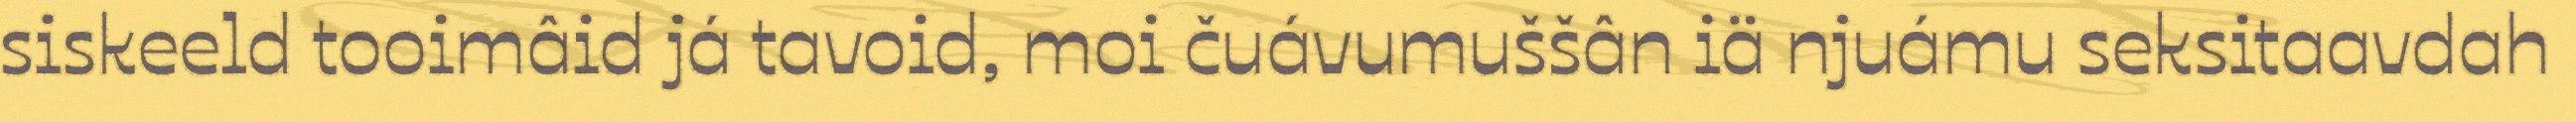
siskeeld tooimâid já tavoid, moi čuávumuššân iä njuámu seksitaavdah